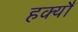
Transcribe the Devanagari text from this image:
हक्यौ